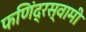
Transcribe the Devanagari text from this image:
फणिंद्रस्वामी